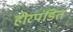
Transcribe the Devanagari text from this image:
हीरपंडित